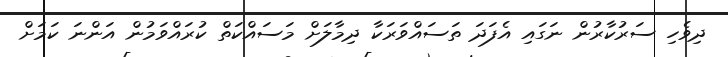
ދިވެހި ސަރުކާރުން ނަގައި އެފަދަ ތަސައްވަރަކާ ދިމާލަށް މަސައްކަތް ކުރައްވަމުން އަންނަ ކަމަށް